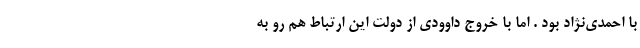
با احمدی‌نژاد بود . اما با خروج داوودی از دولت این ارتباط هم رو به